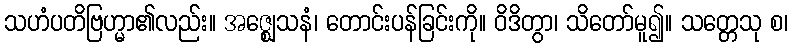
သဟံပတိဗြဟ္မာ၏လည်း။ အဇ္ဈေသနံ၊ တောင်းပန်ခြင်းကို။ ဝိဒိတွာ၊ သိတော်မူ၍။ သတ္တေသု စ၊